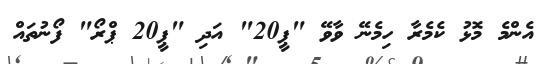
އެންމެ މޮޅު ކެމެރާ ހިމެނޭ ވާވޭ "ޕީ20" އަދި "ޕީ20 ޕްރޯ" ފޯނުތައް